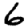
Digit: 6